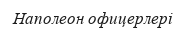
Наполеон офицерлері